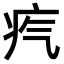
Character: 𤴸